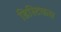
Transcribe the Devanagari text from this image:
डिस्टिकस